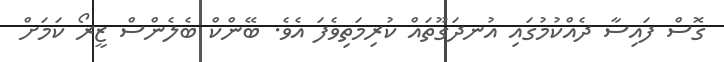
ގޮސް ފައިސާ ދެއްކުމުގައި އުނދަގޫތައް ކުރިމަތިވެފަ އެވެ. ބޭންކް ބެލެންސް ޒީރޯ ކަމަށް